Report on vaccination in Madras 1895-1903 - 1895-1903
Year: 1895
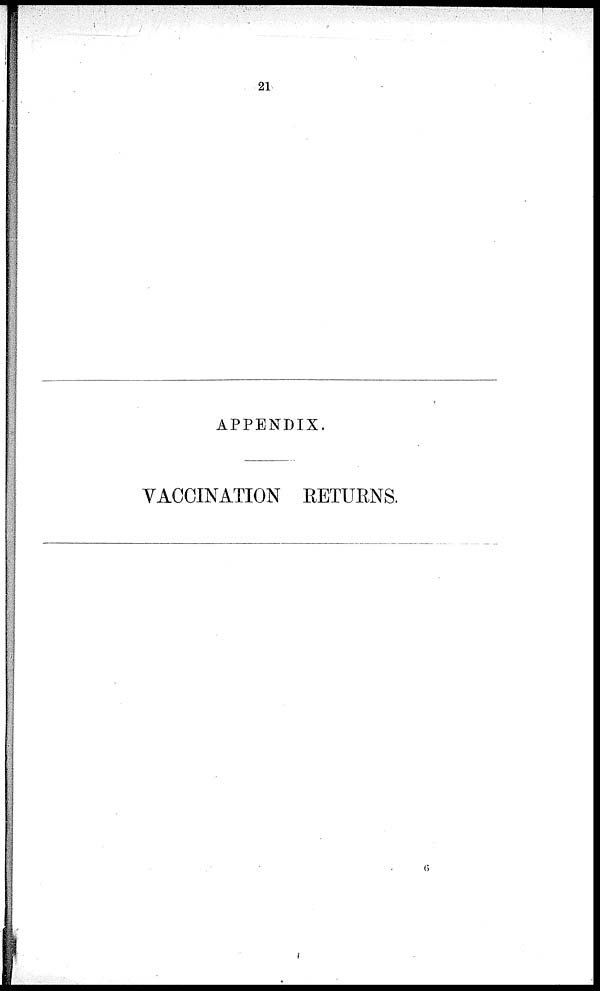
21
APPENDIX.
VACCINATION RETURNS.
6